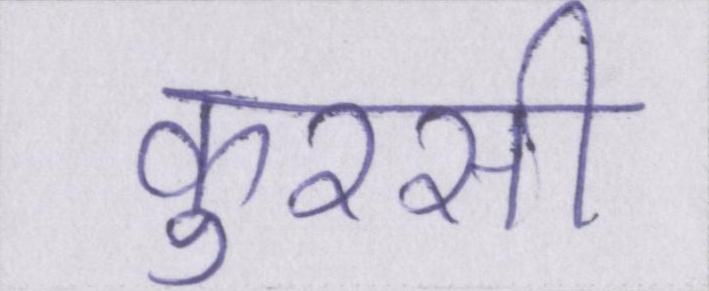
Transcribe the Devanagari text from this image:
कुरसी